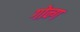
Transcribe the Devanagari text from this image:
गोन्ग